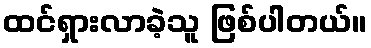
ထင်ရှားလာခဲ့သူ ဖြစ်ပါတယ်။